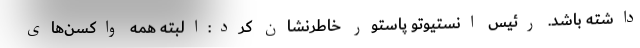
داشته باشد. رئیس انستیوتو پاستور خاطرنشان کرد:البته همه واکسن‌های